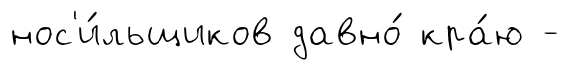
нос'и́льщиков давно́ кра́ю -